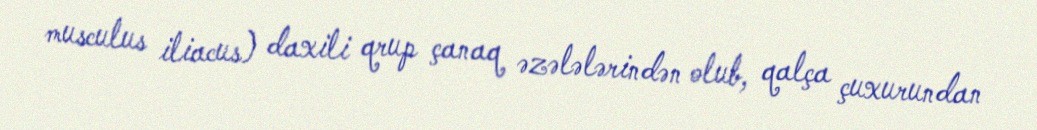
musculus iliacus) daxili qrup çanaq əzələlərindən olub, qalça çuxurundan